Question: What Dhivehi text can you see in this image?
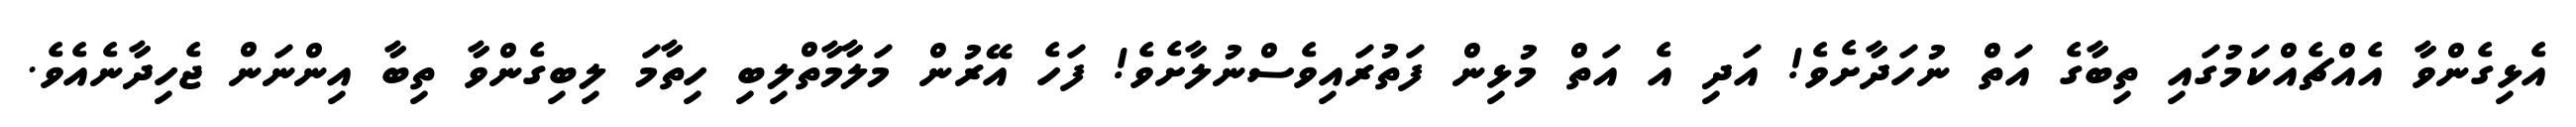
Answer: އެޅިގެންވާ އެއްޗެއްކަމުގައި ތިބާގެ އަތް ނުހަދާށެވެ! އަދި އެ އަތް މުޅިން ފަތުރައިވެސްނުލާށެވެ! ފަހެ އޭރުން މަލާމާތްލިބި ހިތާމަ ލިބިގެންވާ ތިބާ އިންނަން ޖެހިދާނެއެވެ.